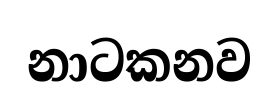
නාටකනව